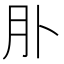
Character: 𦘱